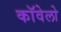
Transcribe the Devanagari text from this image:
कॉवेलो